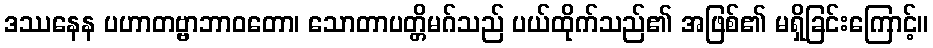
ဒဿနေန ပဟာတဗ္ဗာဘာဝတော၊ သောတာပတ္တိမဂ်သည် ပယ်ထိုက်သည်၏ အဖြစ်၏ မရှိခြင်းကြောင့်။